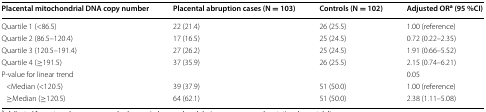
<table><thead><tr><td><b>Placental mitochondrial DNA copy number</b></td><td><b>Placental abruption cases (N = 103)</b></td><td><b>Controls (N = 102)</b></td><td><b>Adjusted OR<sup>a</sup> (95 %CI)</b></td></tr></thead><tbody><tr><td>Quartile 1 (&lt;86.5)</td><td>22 (21.4)</td><td>26 (25.5)</td><td>1.00 (reference)</td></tr><tr><td>Quartile 2 (86.5–120.4)</td><td>17 (16.5)</td><td>25 (24.5)</td><td>0.72 (0.22–2.35)</td></tr><tr><td>Quartile 3 (120.5–191.4)</td><td>27 (26.2)</td><td>25 (24.5)</td><td>1.91 (0.66–5.52)</td></tr><tr><td>Quartile 4 (≥191.5)</td><td>37 (35.9)</td><td>26 (25.5)</td><td>2.15 (0.74–6.21)</td></tr><tr><td>P-value for linear trend</td><td></td><td></td><td>0.05</td></tr><tr><td> &lt;Median (&lt;120.5)</td><td>39 (37.9)</td><td>51 (50.0)</td><td>1.00 (reference)</td></tr><tr><td> ≥Median (≥120.5)</td><td>64 (62.1)</td><td>51 (50.0)</td><td>2.38 (1.11–5.08)</td></tr></tbody></table>